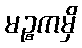
မဉ္စကမှိ